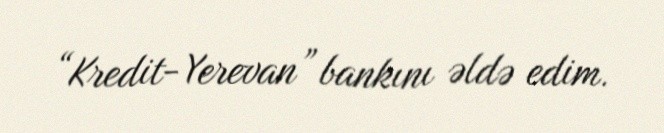
“Kredit-Yerevan” bankını əldə edim.